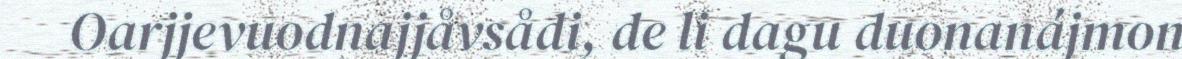
Oarjjevuodnajjåvsådi, de li dagu duonanájmon